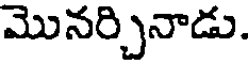
మొనర్చినాడు.